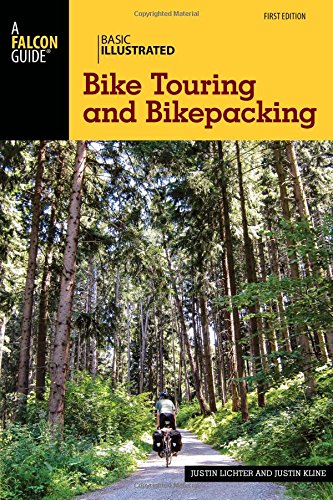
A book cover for Basic Illustrated Bike Touring and Bikepacking (Basic Illustrated Series); Justin Lichter; Sports & Outdoors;